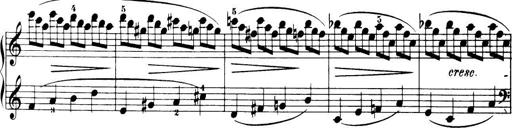
Title: 32 Sonatinas and Rondos for the Piano
Composer: Richard Kleinmichel